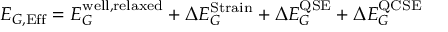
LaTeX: E _ { G , { \mathrm { E f f } } } = E _ { G } ^ { \mathrm { w e l l , r e l a x e d } } + \Delta E _ { G } ^ { \mathrm { S t r a i n } } + \Delta E _ { G } ^ { \mathrm { Q S E } } + \Delta E _ { G } ^ { \mathrm { Q C S E } }